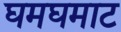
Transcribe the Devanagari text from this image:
घमघमाट